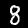
Label: 8